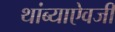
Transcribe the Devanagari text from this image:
थांब्याऐवजी